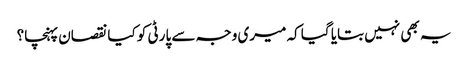
یہ بھی نہیں بتایا گیا کہ میری وجہ سے پارٹی کو کیا نقصان پہنچا؟